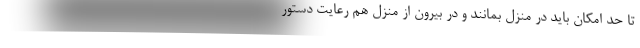
تا حد امکان باید در منزل بمانند و در بیرون از منزل هم رعایت دستور